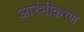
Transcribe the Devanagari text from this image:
आरंभीकरण